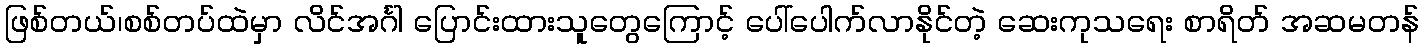
ဖြစ်တယ်၊စစ်တပ်ထဲမှာ လိင်အင်္ဂါ ပြောင်းထားသူတွေကြောင့် ပေါ်ပေါက်လာနိုင်တဲ့ ဆေးကုသရေး စာရိတ် အဆမတန်